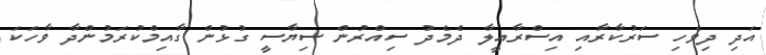
އަދި ދިވެހި ސަރުކާރާއި އިސްރާއީލާ ދެމެދު ސިއްރުން ސިޔާސީ ގުޅުން ގާއިމްކުރަމުންދާ ވާހަކަ